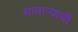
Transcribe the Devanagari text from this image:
सातार्‍याची